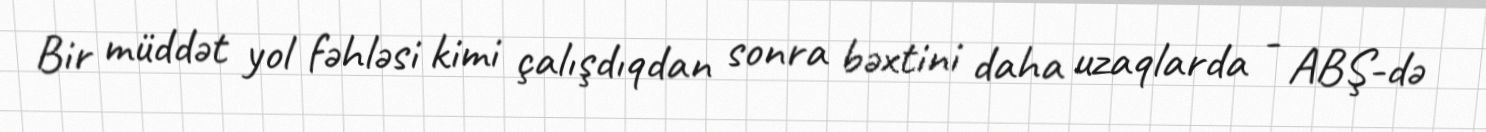
Bir müddət yol fəhləsi kimi çalışdıqdan sonra bəxtini daha uzaqlarda - ABŞ-də